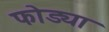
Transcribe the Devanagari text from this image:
फोड्या